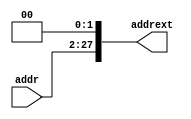
module slljump(
    input [25:0] addr,
    
    output reg [27:0] addrext
    );
    
    always @(*) begin
        addrext = addr << 2;
        end
    endmodule